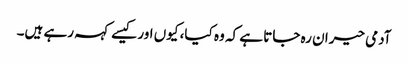
آدمی حیران رہ جاتا ہے کہ وہ کیا، کیوں اور کیسے کہہ رہے ہیں۔